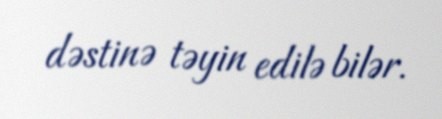
dəstinə təyin edilə bilər.